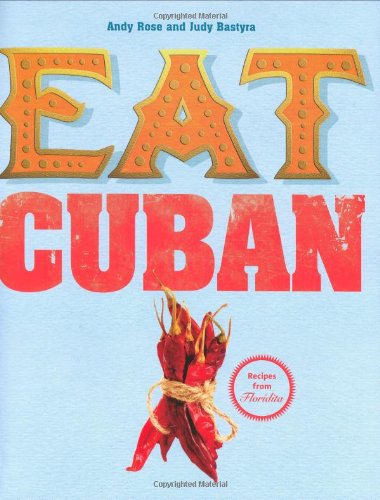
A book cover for Eat Cuban; Judy Bastyra; Cookbooks, Food & Wine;